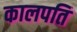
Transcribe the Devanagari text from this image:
कालपति